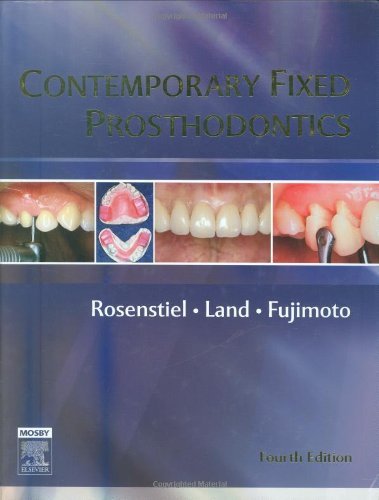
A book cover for By Stephen F. Rosenstiel - Contemporary Fixed Prosthodontics: 4th (fourth) Edition; Junhei Fujimoto, Martin F. Land Stephen F. Rosenstiel; Medical Books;